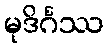
မုဒိင်္ဂဿ